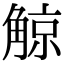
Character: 𧤀